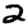
Digit: 2